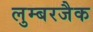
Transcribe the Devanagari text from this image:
लुम्बरजैक